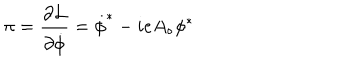
\pi = \frac { \partial { \cal L } } { \partial \dot { \phi } } = \dot { \phi } ^ { * } - i e A _ { \circ } \phi ^ { * }